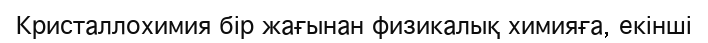
Кристаллохимия бір жағынан физикалық химияға, екінші